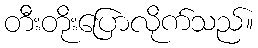
တီးတိုးပြောလိုက်သည်။